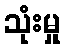
သုံးမှု